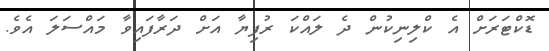
ޑޮކްޓަރަށް އެ ކްލިނިކުން ދެ ލައްކަ ރުފިޔާ އަށް ދަރާފައިވާ މައްސަލަ އެވެ.